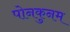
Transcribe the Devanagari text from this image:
पोनकुनम